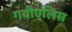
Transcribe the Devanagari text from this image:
गवीएलिस